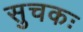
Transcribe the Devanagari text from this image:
सुचकः